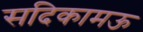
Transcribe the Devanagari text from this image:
सदिकामऊ